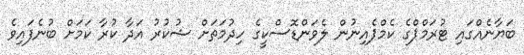
ބަޔާނެއްގައި ޓުރަމްޕްގެ ކެމްޕެއިނުން ލެވަންޑޮސްކީގެ ހިދުމަތަށް ޝުކުރު އަދާ ކުރާ ކަމަށް ބުނެފައިވެ